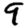
Digit: 9